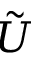
\tilde { U }